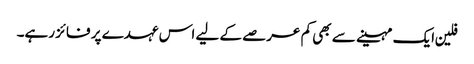
فلین ایک مہینے سے بھی کم عرصے کے لیے اس عہدے پر فائز رہے۔